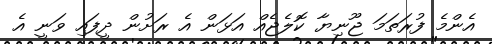
އެންމެ ފުރަތަމަ ޖޫނިޔާ ކޮލެޖެއް އަޅަން އެ ރަށުން ދީފައި ވަނީ އެ